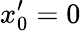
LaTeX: x_{0}^{\prime}=0